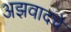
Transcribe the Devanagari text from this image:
अझवादचे